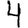
Digit: 4